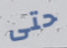
حتى